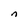
Character: n